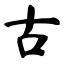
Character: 古